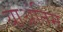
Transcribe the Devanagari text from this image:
याअंतिम